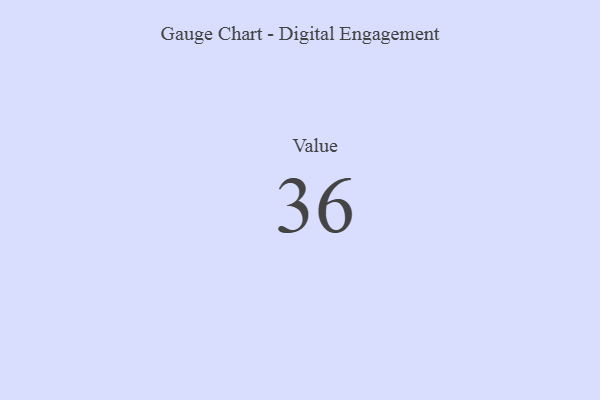
{"axis": {"x": "Metric", "y": "Value"}, "legend": [""], "data": [{"x": "Value", "y": 36, "type": ""}]}